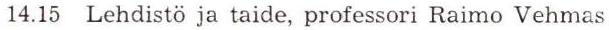
14.15 Lehdistö ja taide, professori Raimo Vehmas